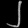
Digit: ၂